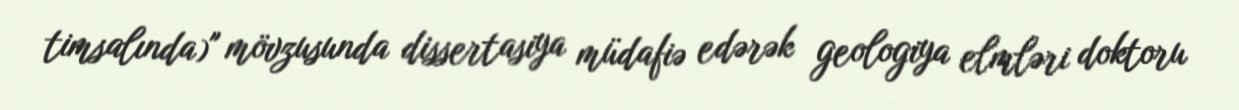
timsalında)" mövzusunda dissertasiya müdafiə edərək geologiya elmləri doktoru